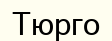
Тюрго